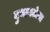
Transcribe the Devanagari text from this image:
दुभागलेल्या